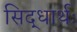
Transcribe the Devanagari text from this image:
सिद्धार्थः